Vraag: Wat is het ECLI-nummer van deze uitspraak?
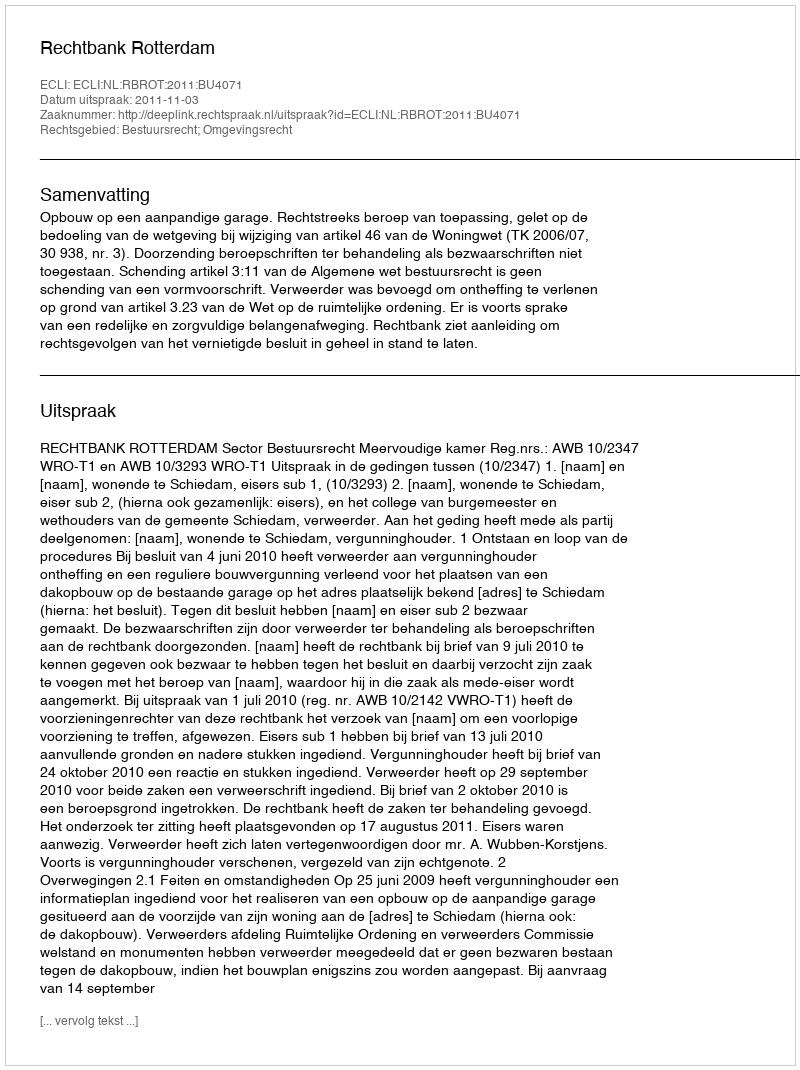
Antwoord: ECLI:NL:RBROT:2011:BU4071